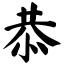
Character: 恭